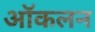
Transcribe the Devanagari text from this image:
ऑकलन